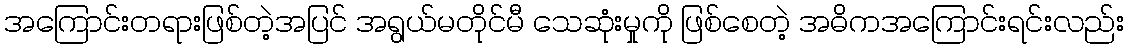
အကြောင်းတရားဖြစ်တဲ့အပြင် အရွယ်မတိုင်မီ သေဆုံးမှုကို ဖြစ်စေတဲ့ အဓိကအကြောင်းရင်းလည်း